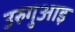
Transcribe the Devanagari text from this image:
उरुगुआइ